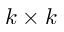
k \times k